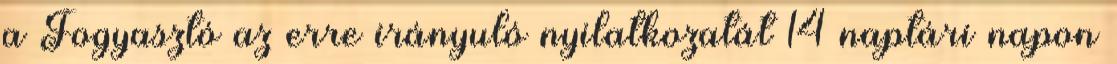
a Fogyasztó az erre irányuló nyilatkozatát 14 naptári napon